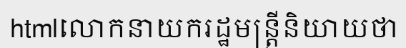
htmlលោកនាយករដ្ឋមន្ត្រីនិយាយថា